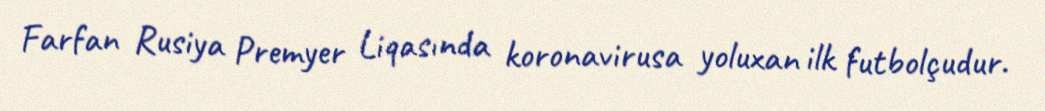
Farfan Rusiya Premyer Liqasında koronavirusa yoluxan ilk futbolçudur.